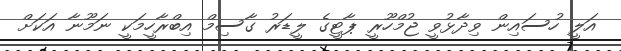
އަލީ ހުސައިން ވިދާޅުވީ ޖުމްހޫރީ ޕާޓީގެ ލީޑަރު ގާސިމް އިބްރާހީމަކީ ނަމޫނާ އަކަށް